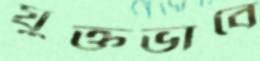
যুক্তভাবে